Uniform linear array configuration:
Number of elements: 4
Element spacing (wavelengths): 0.5
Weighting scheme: cosine
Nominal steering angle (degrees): -60
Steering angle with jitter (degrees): -60.572
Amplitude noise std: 0.05
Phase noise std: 0.05

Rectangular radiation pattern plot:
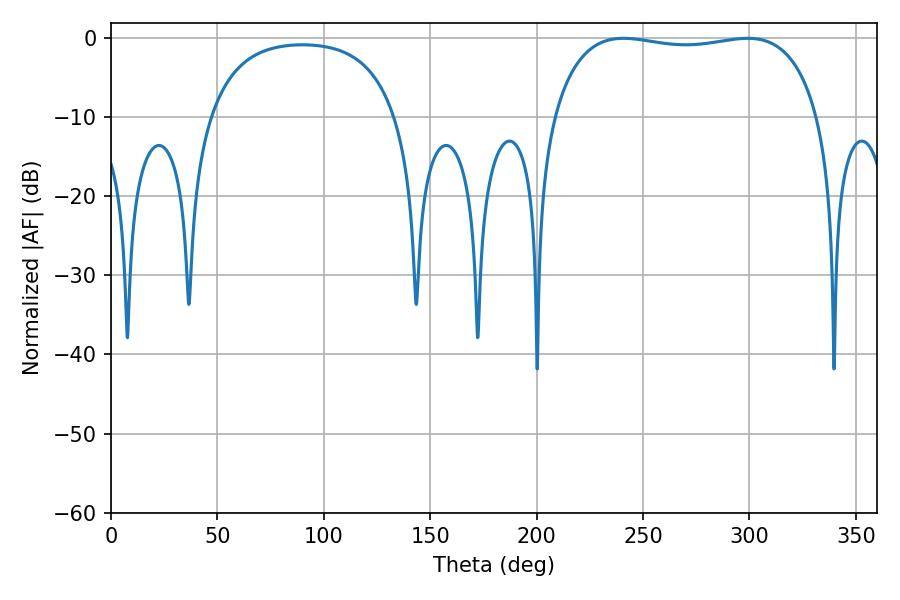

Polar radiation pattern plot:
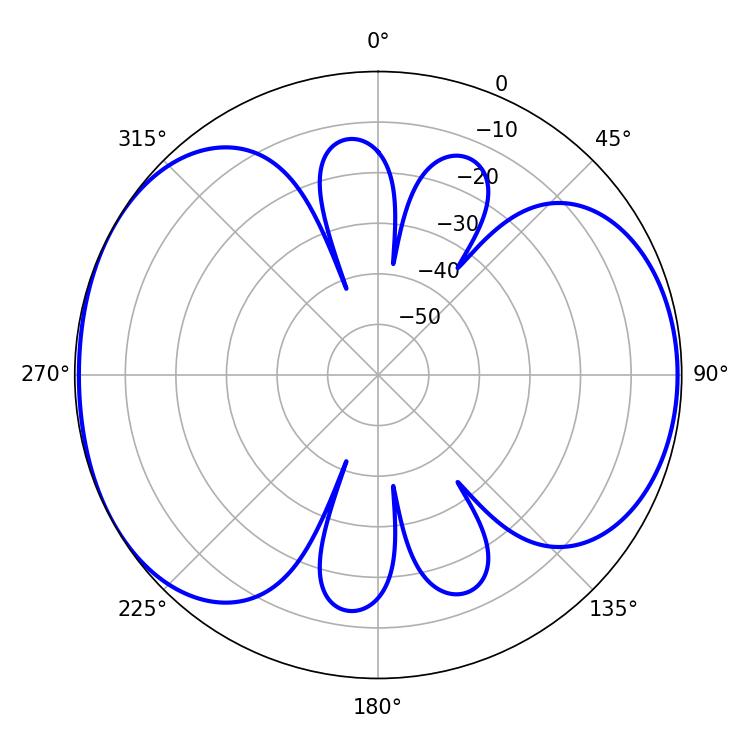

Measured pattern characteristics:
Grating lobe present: FALSE
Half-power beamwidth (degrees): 100.8
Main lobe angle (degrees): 240.84